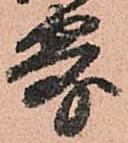
寄